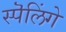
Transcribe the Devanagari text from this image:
स्पॆलिंगे